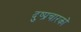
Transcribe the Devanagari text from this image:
दुष्प्रचारकों